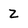
Character: 2